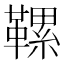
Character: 𩌹